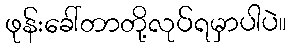
ဖုန်းခေါ်တာတို့လုပ်ရမှာပါပဲ။